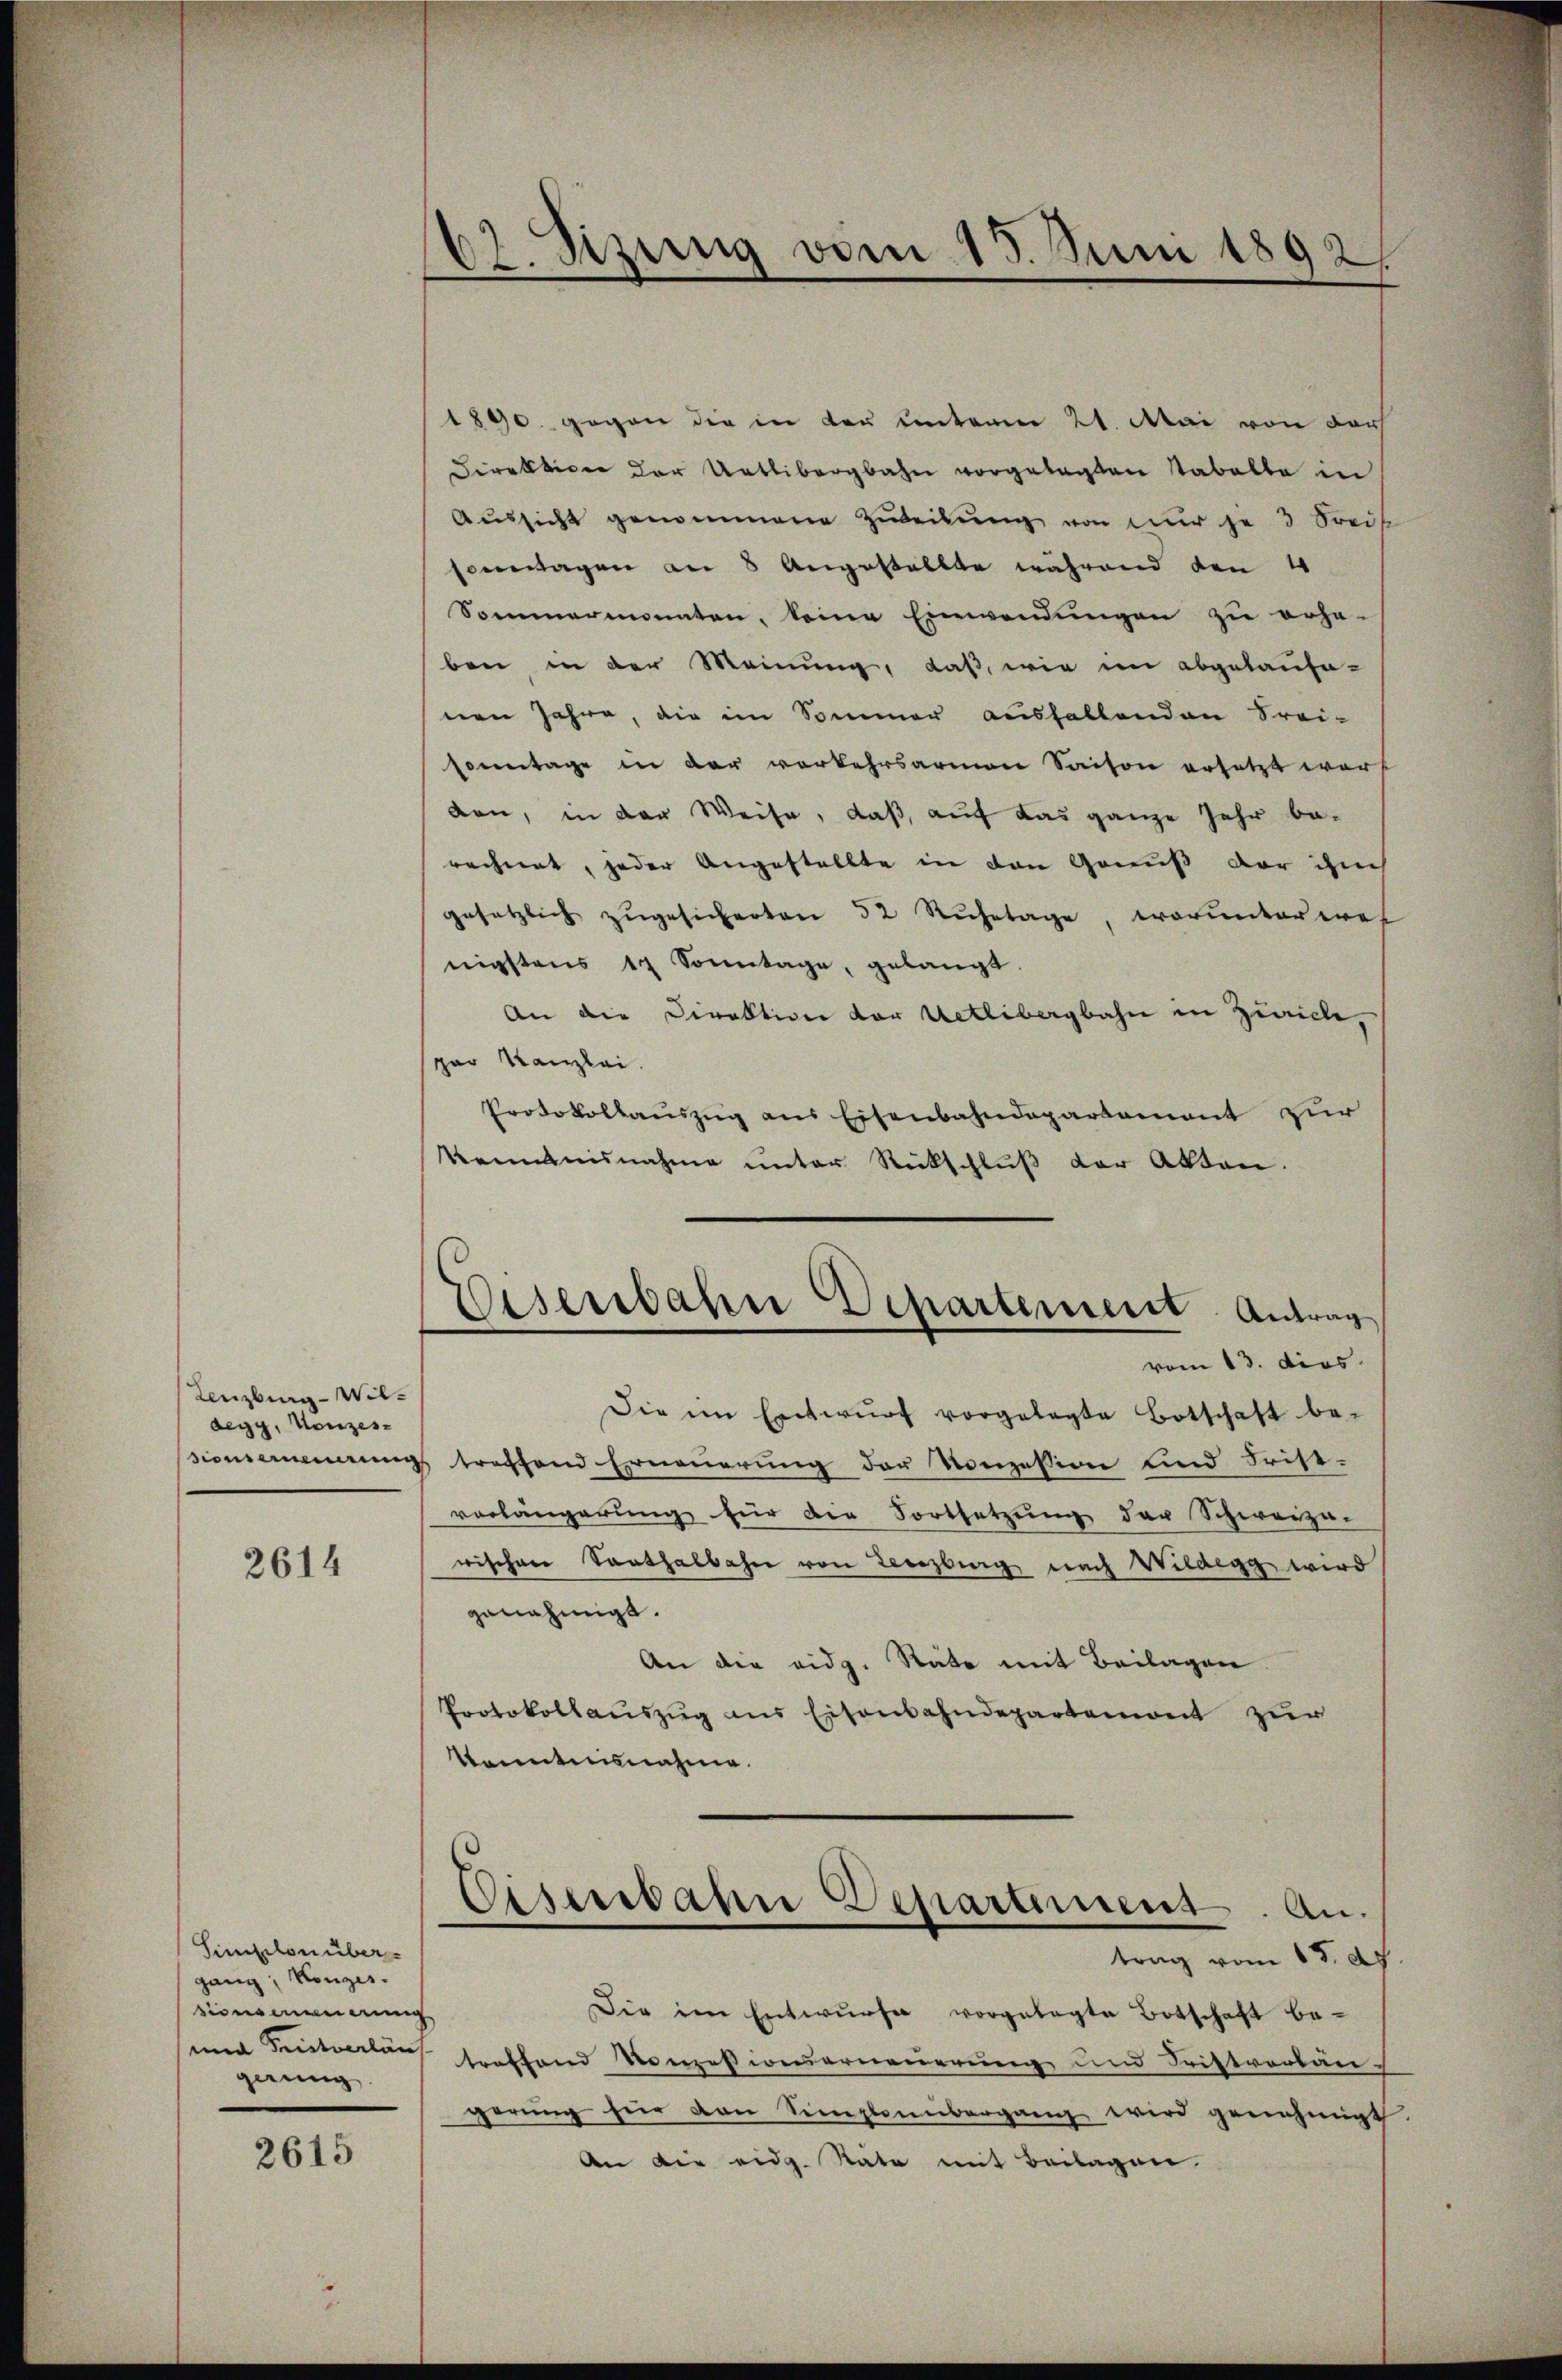
Lenzburg-Wil-
degg, Konzes¬

2614

Simplon über
gang, Konzes.
sionseinerung
gerung

2615

62. Sizung vom 15. Juni 1892/

1890 gegen die in der unterm 21. Mai von dar
Direktion der Uetlibergbahn vorgelegten Tabelle in
Aŭssicht genommene Zuteilŭng von nur je 3 Preis
sommagen an 8 Angestellte während den 4
Sommermonaten, keine Einwendungen zu erhe-
ben in der Meinung, daß, wie im abgelaufe-
nen Jahre, die im Sommer aushaltenden Frei-
sonntage in der vorkehrsarmen Saison ersetzt war,
den, in der Weise, daß, auf das ganze Jahr berechnet, jeder Angestellte in den Genuß der auch
gesetzlich zŭgesicherten 52 Rŭhetage, worunterwes
nigstens 17 Sonntage, gelangt
An die Direktion der Uetlibergbahn in Zürich,
spar Kanzlei.
Protokollaŭszŭg ans Eisenbahndepartement zur
kenntnisnahme unter Rückschluß der Akten.

Wesenbahn Departement. Antrag

vom 13. dies
Die im Entwŭrf vorgelegte Botschaft be-
ionsennerungs treffend Erneuerung der Konzession und Frist-
vorlängerung für die Fortsetzung der Schweiza-
wischen Santhalbahn von Lenzburg nach Wildegg wird
genehmigt.
An die eidg. Räte mit Beilagen
Protokollaŭszŭg ans Eisenbahndepartemont zur
Kenntnisnahme.
trag vom 15. d.
Die im Entwŭrfe vorgelegte Botschaft be-
und Sentverlans treffend Konzesionserneuerung und Fristvorläu-
gerŭng für den Simplonbergang wird genehmigt.
Aen die eidg. Rate mit Beilagen.

Cisenbahn Departement. An-